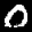
Label: 0